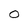
Character: 0